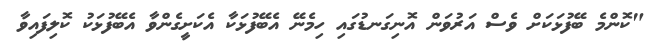
"ކޮންމެ ބޭފުޅަކަށް ވެސް އަރުވަން އޮނިގަނޑުގައި ހިމެނޭ އެބޭފުޅަކާ އެކަށީގެންވާ އެބޭފުޅަކު ކޮލިފައިވާ